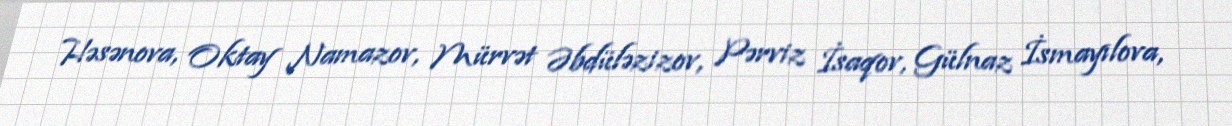
Həsənova, Oktay Namazov, Mürvət Əbdüləzizov, Pərviz İsaqov, Gülnaz İsmayılova,